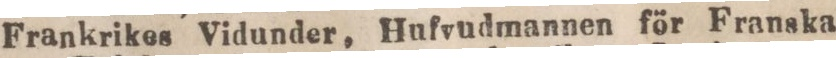
Frankrikes Vidunder, Hufvudmannen för Franska